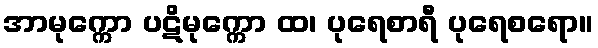
အာမုက္ကော ပဋိမုက္ကော ထ၊ ပုရေစာရီ ပုရေစရော။